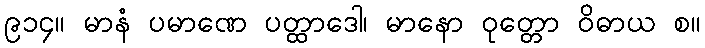
၉၁၄။ မာနံ ပမာဏေ ပတ္ထာဒေါ၊ မာနော ဝုတ္တော ဝိဓာယ စ။